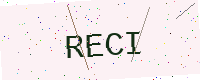
Text: RECI